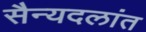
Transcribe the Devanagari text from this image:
सैन्यदलांत